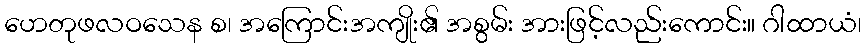
ဟေတုဖလဝသေန စ၊ အကြောင်းအကျိုး၏ အစွမ်း အားဖြင့်လည်းကောင်း။ ဂါထာယံ၊